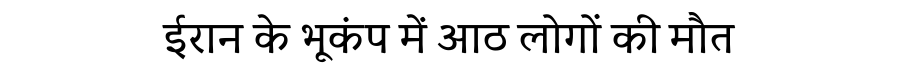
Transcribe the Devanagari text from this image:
ईरान के भूकंप में आठ लोगों की मौत